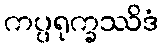
ကပ္ပရုက္ခဿိဒံ